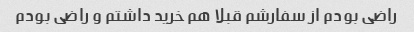
راضی بودم از سفارشم قبلا هم خرید داشتم و راضی بودم